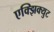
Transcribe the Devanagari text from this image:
एक्झिक्युट